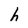
Character: h